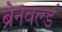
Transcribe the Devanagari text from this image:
ब्रेनवर्ल्ड